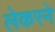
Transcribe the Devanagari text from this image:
लेकरने